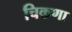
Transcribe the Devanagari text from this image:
चिकणा